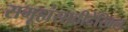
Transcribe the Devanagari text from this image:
समूहांसाठीदेखिल